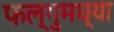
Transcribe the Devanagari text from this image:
फल्गुमध्या